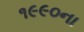
૧૯૯૦ના